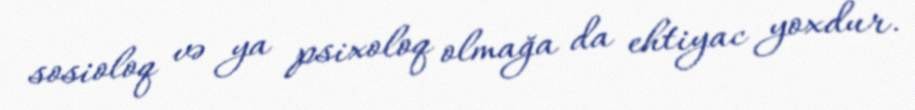
sosioloq və ya psixoloq olmağa da ehtiyac yoxdur.